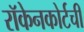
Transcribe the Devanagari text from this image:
रॉकेनकोर्टची